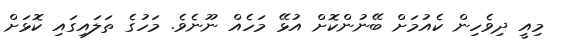
މިއީ ދިވެހިން ކެއުމަށް ބޭނުންކޮށް އުޅޭ މަހެއް ނޫނެވެ. މަހުގެ ތަލައިގައި ކޮޅަށް